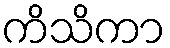
ကိသိကာ